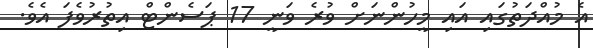
އެ މުއްދަތުގައި އައި މީހުންނަށް ވުރެ ވަނީ 17 ޕަސެންޓް އިތުރުވެފަ އެވެ.